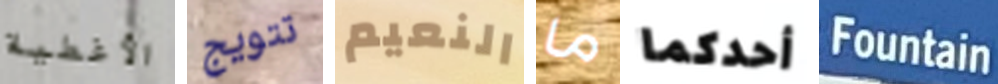
الأغطية تتويج النعيم ما أحدكما Fountain